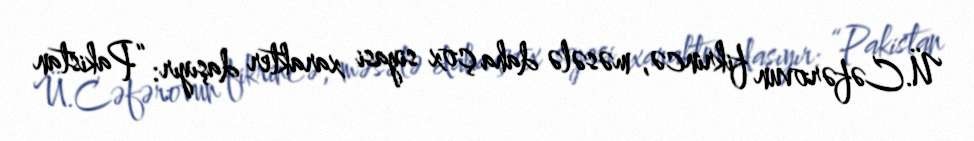
Ü.Cəfərovun fikrincə, məsələ daha çox siyasi xarakter daşıyır: “Pakistan